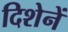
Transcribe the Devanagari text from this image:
दिशेनें